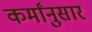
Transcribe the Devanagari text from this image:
कर्मांनुसार